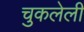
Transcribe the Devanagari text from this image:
चुकलेली